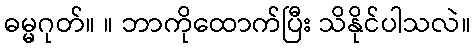
ဓမ္မဂုတ်။ ။ ဘာကိုထောက်ပြီး သိနိုင်ပါသလဲ။